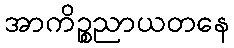
အာကိဉ္စညာယတနေ